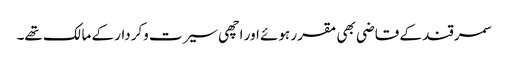
سمرقند کے قاضی بھی مقرر ہوئے اور اچھی سیرت وکردار کے مالک تھے۔